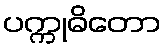
ပက္ကုဓိတော